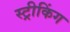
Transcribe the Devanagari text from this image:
स्ट्रीकिंग